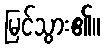
မြင်သွား၏။